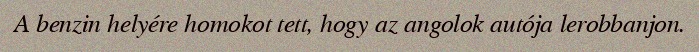
A benzin helyére homokot tett, hogy az angolok autója lerobbanjon.